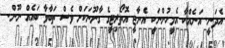
އެދަނީ. އަނެއްކާ އެމީހުންނަކީ އެނާޖީ އޮތޯރިޓީގެ ގާނޫނަކަށް ވެސް ތަބާވާ ބައެއް ނޫން.